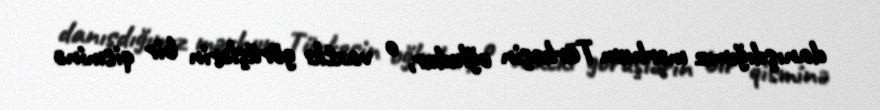
danışdığımız mərhum Türkeşin oğludur, o vaxtkı görüşlərin bir qisminə